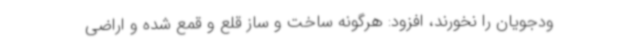
ودجویان را نخورند، افزود: هرگونه ساخت و ساز قلع و قمع شده و اراضی